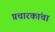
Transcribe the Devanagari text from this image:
प्रचारकांचा